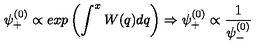
\psi _ { + } ^ { ( 0 ) } \propto e x p \left( \int ^ { x } W ( q ) d q \right) \Rightarrow \psi _ { + } ^ { ( 0 ) } \propto \frac { 1 } { \psi _ { - } ^ { ( 0 ) } }